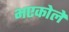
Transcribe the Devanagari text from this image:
भएकोले